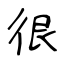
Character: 很